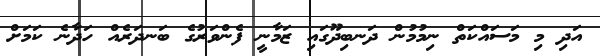
އަދި މި މަސައްކަތް ނިމުމުން ދަނބިދޫގައި ޒަމާނީ ފެންވަރުގެ ބަނދަރެއް ހަދާނެ ކަމަށް